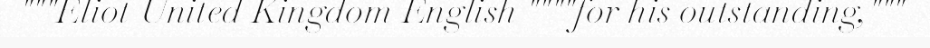
"""Eliot United Kingdom English """"for his outstanding,"""